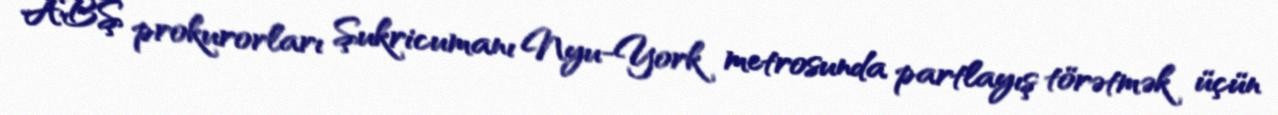
ABŞ prokurorları Şukricumanı Nyu-York metrosunda partlayış törətmək üçün